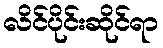
လိင်ပိုင်းဆိုင်ရာ